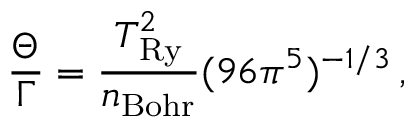
\frac { \Theta } { \Gamma } = \frac { T _ { \mathrm { R y } } ^ { 2 } } { n _ { \mathrm { B o h r } } } ( 9 6 \pi ^ { 5 } ) ^ { - 1 / 3 } \, ,